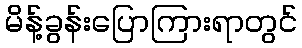
မိန့်ခွန်းပြောကြားရာတွင်